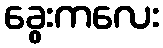
ခွေးကလေး